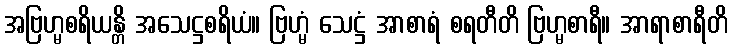
အဗြဟ္မစရိယန္တိ အသေဋ္ဌစရိယံ။ ဗြဟ္မံ သေဋ္ဌံ အာစာရံ စရတီတိ ဗြဟ္မစာရီ။ အာရာစာရီတိ